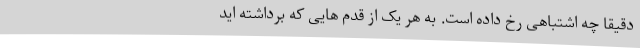
دقیقاً چه اشتباهی رخ داده است. به هر یک از قدم هایی که برداشته اید